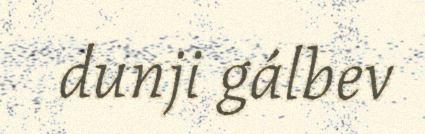
dunji gálbev